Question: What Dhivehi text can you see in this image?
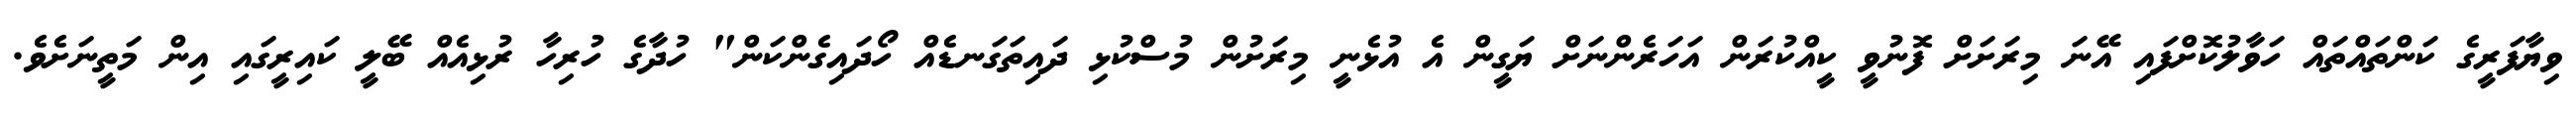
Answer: ވިޔާފަރީގެ ކަންތައްތައް ހަވާލުކޮށްފައި އޭނަ މިރަށަށް ފޮނުވީ ކީއްކުރަން އަހަރެންނަށް ޔަގީން އެ އުޅެނީ މިރަށުން މުސްކުޅި ދައިތަގަނޑެއް ހޯދައިގެންކަން" ހުދާގެ ހުރިހާ ރުޅިއެއް ބޭލީ ކައިރީގައި އިން މަތީނަށެވެ.